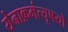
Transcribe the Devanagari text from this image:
येनाक्रमंत्यृषयो